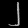
Digit: ၂